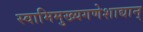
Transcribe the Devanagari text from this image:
स्वामिमुख्यगणेशाद्यान्